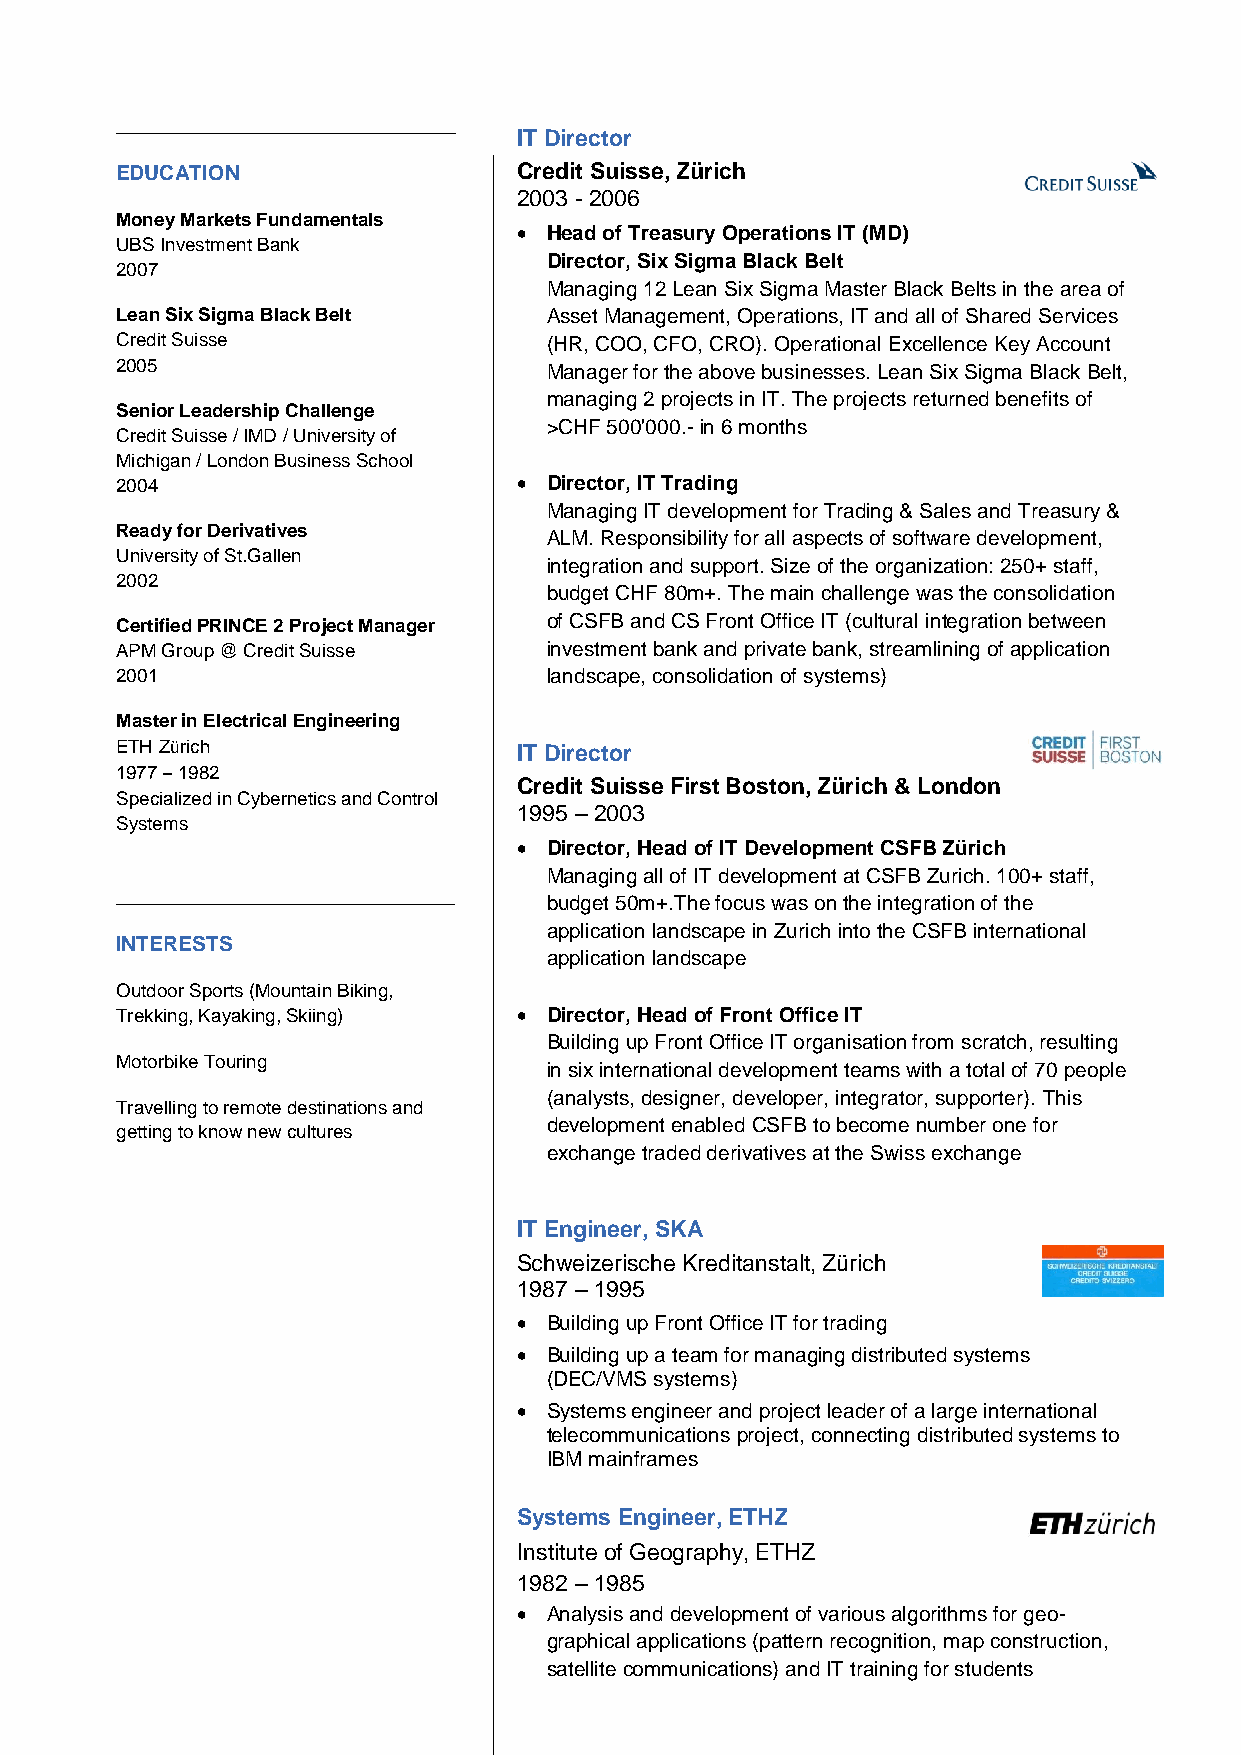
IT Director
 EDUCATION                 Credit Suisse, Zürich
 2003 - 2006
 Money Markets Fundamentals
  Head of Treasury Operations IT (MD)
 UBS Investment Bank
 Director, Six Sigma Black Belt
 2007
 Managing 12 Lean Six Sigma Master Black Belts in the area of
 Lean Six Sigma Black Belt   Asset Management, Operations, IT and all of Shared Services
 Credit Suisse               (HR, COO, CFO, CRO). Operational Excellence Key Account
 2005                        Manager for the above businesses. Lean Six Sigma Black Belt,
 managing 2 projects in IT. The projects returned benefits of
 Senior Leadership Challenge
 >CHF 500'000.- in 6 months
 Credit Suisse / IMD / University of
 Michigan / London Business School
 2004                       Director, IT Trading
 Managing IT development for Trading & Sales and Treasury &
 Ready for Derivatives
 ALM. Responsibility for all aspects of software development,
 University of St.Gallen
 integration and support. Size of the organization: 250+ staff,
 2002
 budget CHF 80m+. The main challenge was the consolidation
 Certified PRINCE 2 Project Manager of CSFB and CS Front Office IT (cultural integration between
 APM Group @ Credit Suisse   investment bank and private bank, streamlining of application
 2001                        landscape, consolidation of systems)
 Master in Electrical Engineering
 ETH Zürich                IT Director
 1977 – 1982
 Credit Suisse First Boston, Zürich & London
 Specialized in Cybernetics and Control
 1995 – 2003
 Systems
  Director, Head of IT Development CSFB Zürich
 Managing all of IT development at CSFB Zurich. 100+ staff,
 budget 50m+.The focus was on the integration of the
 application landscape in Zurich into the CSFB international
 INTERESTS
 application landscape
 Outdoor Sports (Mountain Biking,
 Trekking, Kayaking, Skiing)  Director, Head of Front Office IT
 Building up Front Office IT organisation from scratch, resulting
 Motorbike Touring
 in six international development teams with a total of 70 people
 (analysts, designer, developer, integrator, supporter). This
 Travelling to remote destinations and
 getting to know new cultures
 development enabled CSFB to become number one for
 exchange traded derivatives at the Swiss exchange
 IT Engineer, SKA
 Schweizerische Kreditanstalt, Zürich
 1987 – 1995
  Building up Front Office IT for trading
  Building up a team for managing distributed systems
 (DEC/VMS systems)
  Systems engineer and project leader of a large international
 telecommunications project, connecting distributed systems to
 IBM mainframes
 Systems Engineer, ETHZ
 Institute of Geography, ETHZ
 1982 – 1985
  Analysis and development of various algorithms for geo-
 graphical applications (pattern recognition, map construction,
 satellite communications) and IT training for students